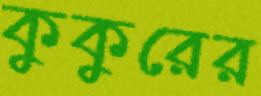
কুকুরের